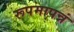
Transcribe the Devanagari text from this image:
रूपमापन्नं